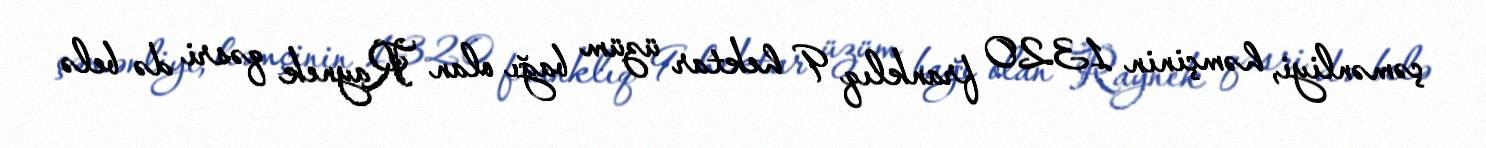
çəmənliyi, həmçinin 1320 franklıq 9 hektar üzüm bağı olan Raynek qəsri də belə